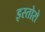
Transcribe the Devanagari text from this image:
इस्तोरो